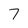
Character: 7